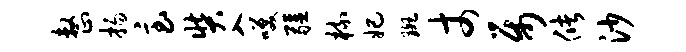
整扬急奘入笑疆梳妃斑丈属储沙